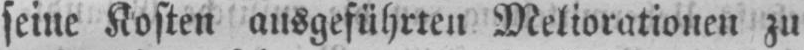
seine Kosten ausgeführten Meliorationen zu